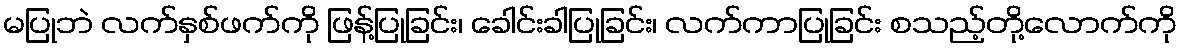
မပြုဘဲ လက်နှစ်ဖက်ကို ဖြန့်ပြုခြင်း၊ ခေါင်းခါပြုခြင်း၊ လက်ကာပြုခြင်း စသည့်တို့လောက်ကို